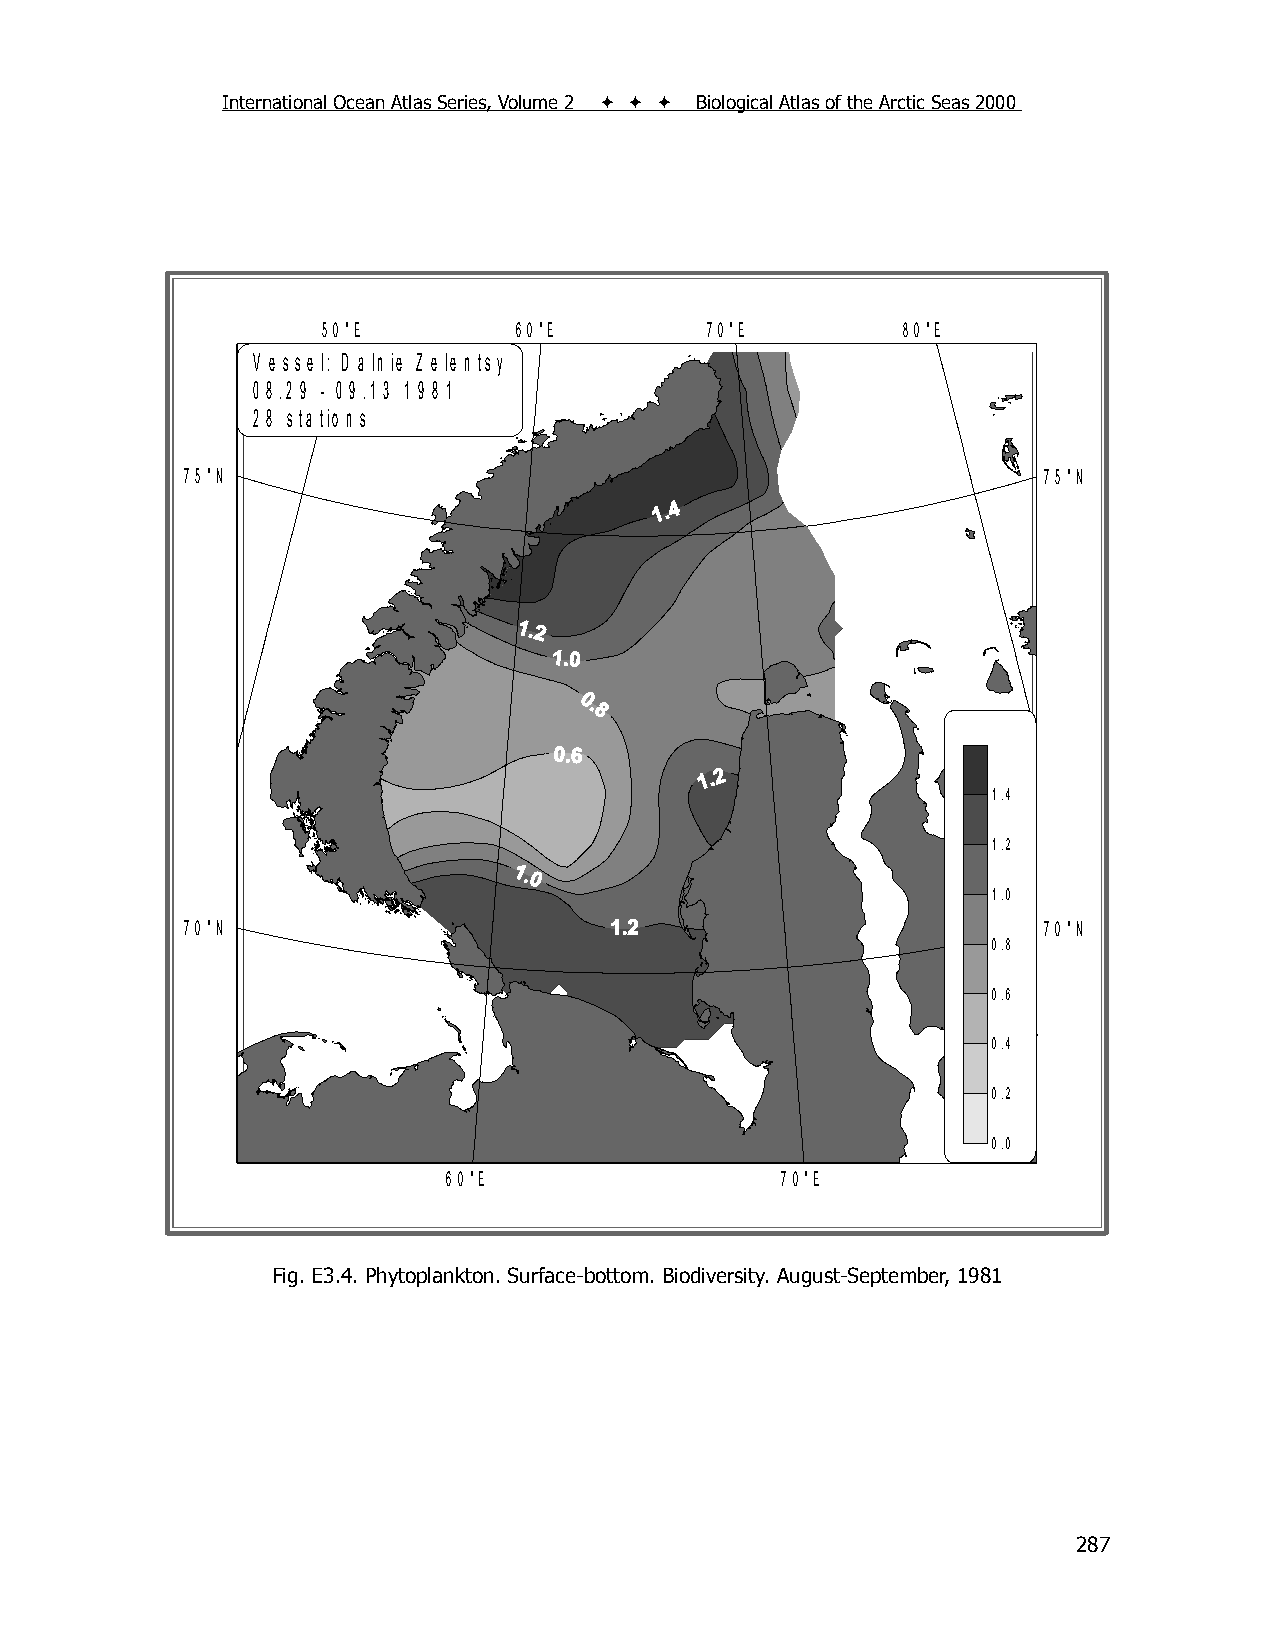
International Ocean Atlas Series, Volume 2    Biological Atlas of the Arctic Seas 2000
 5 0 °E       6 0 °E       7 0 °E       8 0 °E
 V e s s e l: D a ln ie Z e le n ts y
 0 8 .2 9 - 0 9 .1 3 1 9 8 1
 2 8 s ta tio n s
 7 5 °N                                                   7 5 °N
 1.4
 1.2
 1.0
 7 0 °N                                                   7 0 °N
 0.8
 0.6
 0.4
 0.2
 0.0
 6 0 °E                7 0 °E
 F ig . 2 .3 .1 . P h y to p la n k to n , T a x a C o u n t (# )
 Fig. E3.4. Phytoplankton. Surface-bottom. Biodiversity. August-September, 1981
 287